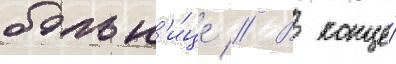
больн'и́це // В конце́